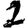
Digit: 2